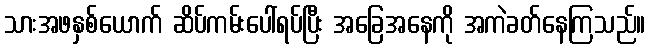
သားအဖနှစ်ယောက် ဆိပ်ကမ်းပေါ်ရပ်ပြီး အခြေအနေကို အကဲခတ်နေကြသည်။